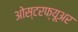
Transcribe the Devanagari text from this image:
ओस्टरफ्यूअर